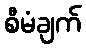
စီမံချက်